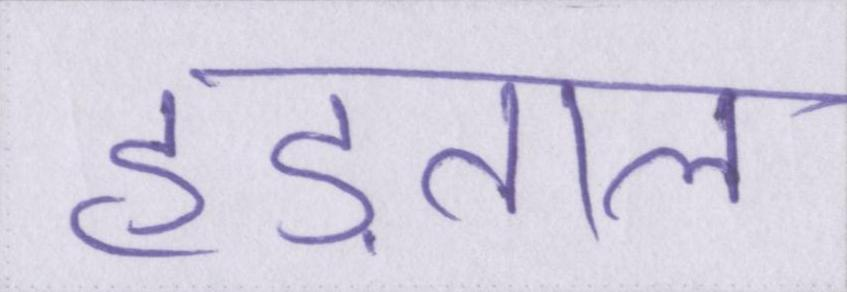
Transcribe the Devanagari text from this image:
हड़ताल